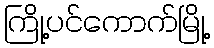
ကြို့ပင်ကောက်မြို့